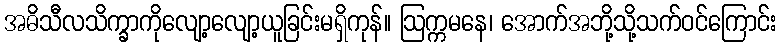
အဓိသီလသိက္ခာကိုလျော့လျော့ယူခြင်းမရှိကုန်။ ဩက္ကမနေ၊ အောက်အဘို့သို့သက်ဝင်ကြောင်း